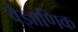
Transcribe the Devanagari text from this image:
वैज्ञाणिक